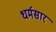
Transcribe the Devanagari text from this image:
धर्मसारं